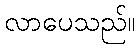
လာပေသည်။